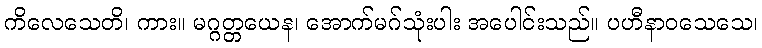
ကိလေသေတိ၊ ကား။ မဂ္ဂတ္တယေန၊ အောက်မဂ်သုံးပါး အပေါင်းသည်။ ပဟီနာဝသေသေ၊